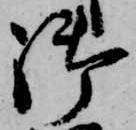
御